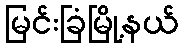
မြင်းခြံမြို့နယ်